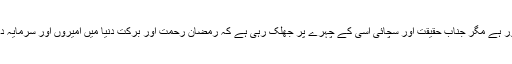
یہ بات تلخ تو ضرور ہے مگر جناب حقیقت اور سچائی اسی کے چہرے پر جھلک رہی ہے کہ رمضان رحمت اور برکت دنیا میں امیروں اور سرمایہ داروں کے لیے ہے۔